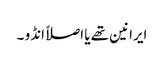
ایرانین تھے یا اصلاً انڈو ۔